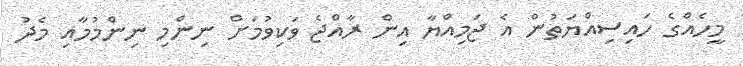
މީހެއްގެ ހައިސިއްޔަތުން އެ ޖަމިއްޔާ އިން ރާއްޖެ ވަކިވުމަށް ނިންމި ނިންމުމާއި މެދު